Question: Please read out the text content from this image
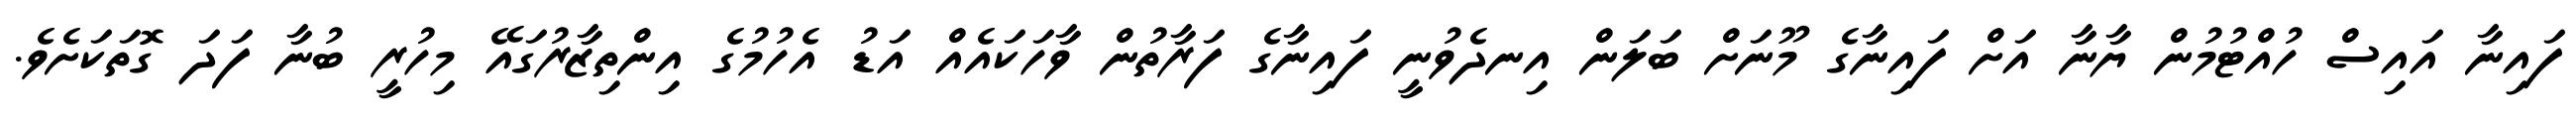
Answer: ފައިނާ އައިސް ހުއްޓުމުން ޔާނާ އަށް ފައިނާގެ މޫނަށް ބަލަން އިނދެވުނީ ފައިނާގެ ފަރާތުން ވާހަކައެއް އަޑު އެހުމުގެ އިންތިޒާރުގައޭ މިހުރީ ބުނާ ފަދަ ގޮތަކަށެވެ.